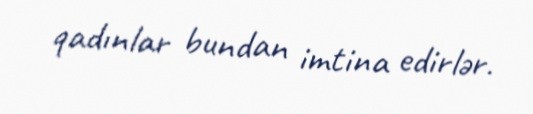
qadınlar bundan imtina edirlər.